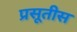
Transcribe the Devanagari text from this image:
प्रसूतीस